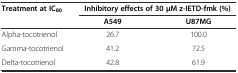
<table><thead><tr><td><b>Treatment at IC<sub>80</sub></b></td><td colspan="2"><b>Inhibitory effects of 30 μM z-IETD-fmk (%)</b></td></tr><tr><td></td><td><b>A549</b></td><td><b>U87MG</b></td></tr></thead><tbody><tr><td>Alpha-tocotrienol</td><td>26.7</td><td>100.0</td></tr><tr><td>Gamma-tocotrienol</td><td>41.2</td><td>72.5</td></tr><tr><td>Delta-tocotrienol</td><td>42.8</td><td>61.9</td></tr></tbody></table>